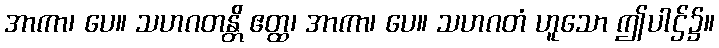
အာကာ၊ ပေ။ သဟဂတန္တိ ဧတ္ထ၊ အာကာ၊ ပေ။ သဟဂတံ ဟူသော ဤပါဌ်၌။